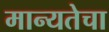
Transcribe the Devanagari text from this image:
मान्यतेचा